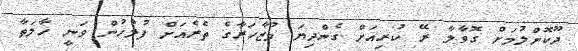
ދޫކޮށްލުމަށް ގޮވާލާ ރޭ ކުރިއަށް ގެންދިޔަ މުޒާހަރާގެ ތެރެއަށް ފުލުހުން ވަނީ ހާލަތާ